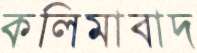
কলিমাবাদ